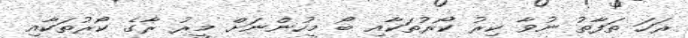
ރަހަ ތަފާތު ނުވާ ކިރު ކޯރުތަކާއި ބޯ މީހުންނަށް މީރު ރާގެ ކޯރުތަކާއި